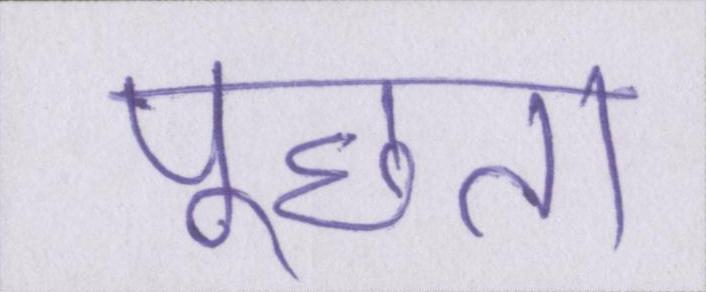
पूछता